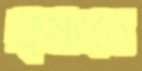
কৃষ্ণাতে